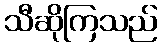
သီဆိုကြသည်